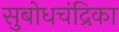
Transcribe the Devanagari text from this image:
सुबोधचंद्रिका